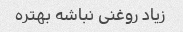
زیاد روغنی نباشه بهتره